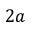
2 a